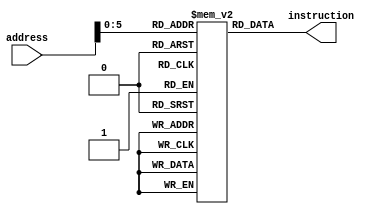
module iram(
	input [31:0] address,
	output [31:0] instruction
);

reg [31:0] memory[32:0];

initial
begin
	memory[0]<=32'b000000000011_00000_000_00001_0010011;//addi r[1],r[0],3;
	memory[1]<=32'b0000000_00001_00001_000_00010_0110011;//add  r[2],r[1],r[1];
end

assign instruction=memory[address];

endmodule